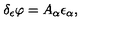
\delta _ { \epsilon } \varphi = A _ { \alpha } \epsilon _ { \alpha } ,